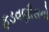
ફડવણીસનો